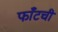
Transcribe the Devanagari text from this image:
फाँटची